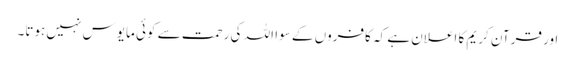
اور قرآن کریم کا اعلان ہے کہ کافروں کے سوا اللہ کی رحمت سے کوئی مایوس نہیں ہوتا۔